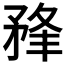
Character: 𥍮